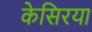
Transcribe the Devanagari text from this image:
केसिरया